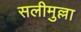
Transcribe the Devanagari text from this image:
सलीमुल्ला